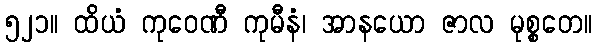
၅၂၁။ ထိယံ ကုဝေဏီ ကုမီနံ၊ အာနယော ဇာလ မုစ္စတေ။